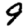
Digit: 9